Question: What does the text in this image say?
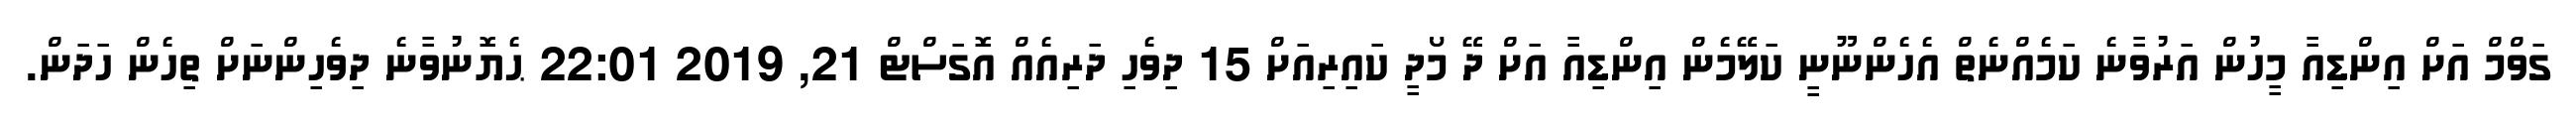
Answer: ގަވްމް އަށް އިންޑިއާ މީހުން އަރުވާނެ ކަމެއްނެތް އެހެންނޫނީ ކަލޭމެން އިންޑިއާ އަށް ދޭ މޯދީ ކައިރިއަށް 15 ދިވެހި ދަރިއެއް އޮގަސްޓް 21, 2019 22:01 ޙެޔޮނުވާނެ ދިވެހިންނަށް ތިހެން ހަދަން.